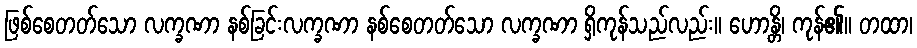
ဖြစ်စေတတ်သော လက္ခဏာ နစ်ခြင်းလက္ခဏာ နစ်စေတတ်သော လက္ခဏာ ရှိကုန်သည်လည်း။ ဟောန္တိ၊ ကုန်၏။ တထာ၊